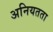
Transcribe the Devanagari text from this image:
अनियतता